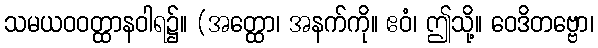
သမယဝဝတ္ထာနဝါရ၌။ (အတ္ထော၊ အနက်ကို။ ဧဝံ၊ ဤသို့။ ဝေဒိတဗ္ဗော၊